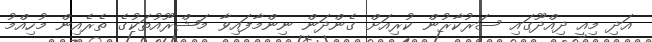
އަދި މިއީ ދިއްދޫގައި ސަރުކާރުން ކުރިއަށް ގެންދަން ނިންމާފައިވާ މަޝްރޫއުތަކުގެ ތެރެއިން މުހިއްމު